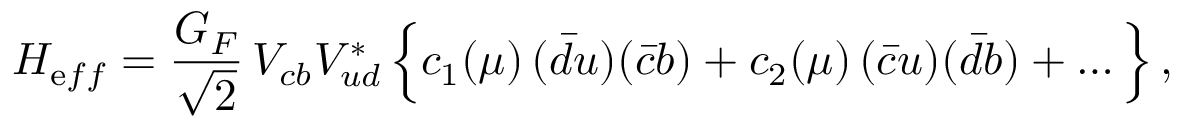
H _ { \mathrm e f f } = \frac { G _ { F } } { \sqrt 2 } \, V _ { c b } V _ { u d } ^ { * } \, \Big \{ c _ { 1 } ( \mu ) \, ( \bar { d } u ) ( \bar { c } b ) + c _ { 2 } ( \mu ) \, ( \bar { c } u ) ( \bar { d } b ) + \dots \Big \} \, ,